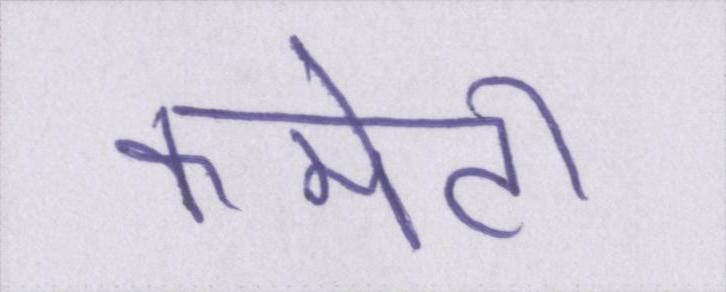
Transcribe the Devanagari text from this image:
कमेटी